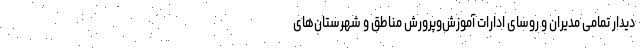
دیدار تمامی مدیران و روسای ادارات آموزش‌وپرورش مناطق و شهرستان‌های